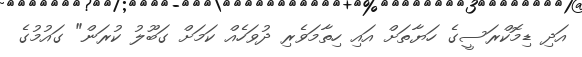
އަދި ޑިމޮކްރަސީގެ ހަޔާތަށް އައި ހިތާމަވެރި ދުވަހެއް ކަމަށް ގަބޫލު ކުރަން" ގައުމުގެ